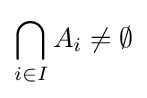
\bigcap _{i\in I}A_{i}\neq \emptyset